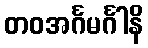
တဝအင်္ဂမင်္ဂါနိ